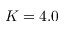
K = 4 . 0